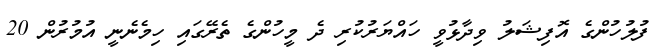
ފުލުހުންގެ އޮފިޝަލު ވިދާޅުވީ ހައްޔަރުކުރި ދެ މީހުންގެ ތެރޭގައި ހިމެނެނީ އުމުރުން 20